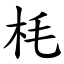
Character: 枆